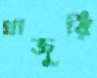
খাজুরি